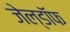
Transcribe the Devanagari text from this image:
जेल्डॉफ